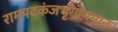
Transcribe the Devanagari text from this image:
रामपदकंजभृंगायमान